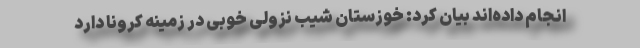
انجام داده‌اند بیان کرد: خوزستان شیب نزولی خوبی در زمینه کرونا دارد